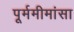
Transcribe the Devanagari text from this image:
पूर्ममीमांसा